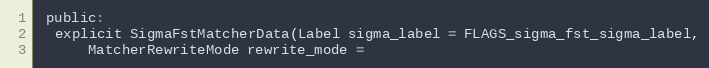
Language: C
 public:
  explicit SigmaFstMatcherData(Label sigma_label = FLAGS_sigma_fst_sigma_label,
      MatcherRewriteMode rewrite_mode =